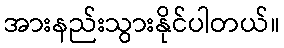
အားနည်းသွားနိုင်ပါတယ်။